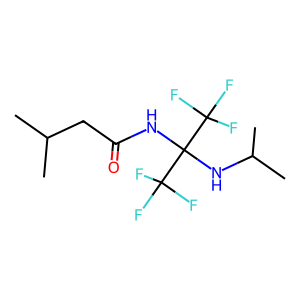
SMILES: CC(C)CC(=O)NC(NC(C)C)(C(F)(F)F)C(F)(F)F
Inhibits HIV replication: No